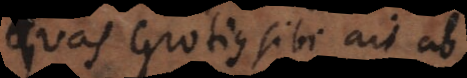
quas Grotius sibi ait ab